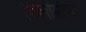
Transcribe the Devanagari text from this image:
फिलाॅसाॅफी